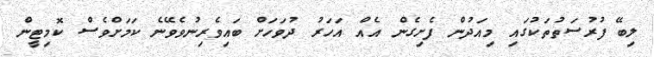
ލިބޭ ފުރުސަތުތަކުގައި މިއަދުން ފެށިގެން އެއް އަހަރު ދުވަހަށް ބައިވެރިނުވެވޭނެ ކަމަށްވެސް ކޮމިޓީން